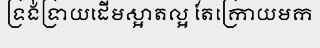
ទ្រង់ទ្រាយដើមស្អាតល្អ តែក្រោយមក